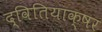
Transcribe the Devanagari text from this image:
द्वितियाक्षर